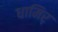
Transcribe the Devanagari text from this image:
धामिर्